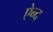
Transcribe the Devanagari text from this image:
ऐन्द